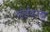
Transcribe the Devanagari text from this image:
सोईकरता